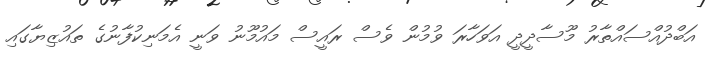
އަބްދުއްސައްތާރު މޫސާދީދީ އަވަހާރަ ވުމުން ވެސް ރައީސް މައުމޫނު ވަނީ އެމަނިކުފާނުގެ ތައުޒިޔާގައި